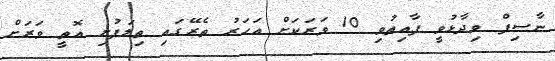
ނާސިފް ވިދާޅުވީ ފާއިތުވި 10 ވަރަކަށް އަހަރު ތެރޭގައި ތިލަފުށި އޮތީ ވަރަށް